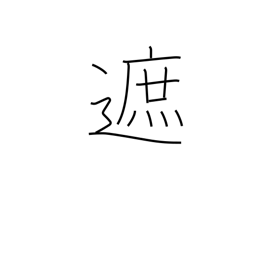
Meaning: intercept